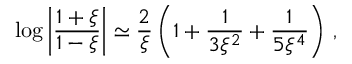
\log \left| \frac { 1 + \xi } { 1 - \xi } \right| \simeq \frac { 2 } { \xi } \left( 1 + \frac { 1 } { 3 \xi ^ { 2 } } + \frac { 1 } { 5 \xi ^ { 4 } } \right) \, ,